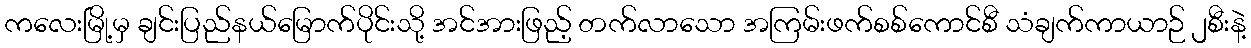
ကလေးမြို့မှ ချင်းပြည်နယ်မြောက်ပိုင်းသို့ အင်အားဖြည့် တက်လာသော အကြမ်းဖက်စစ်ကောင်စီ သံချက်ကာယာဉ် ၂စီးနဲ့